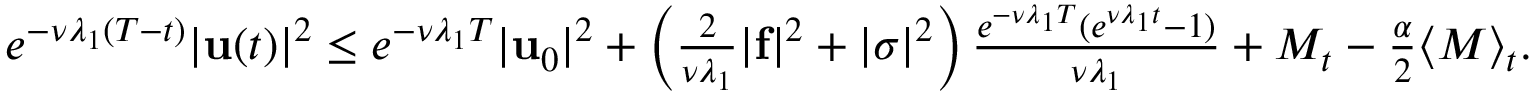
\begin{array} { r } { e ^ { - \nu \lambda _ { 1 } ( T - t ) } | \mathbf { u } ( t ) | ^ { 2 } \leq e ^ { - \nu \lambda _ { 1 } T } | \mathbf { u } _ { 0 } | ^ { 2 } + \left( \frac { 2 } { \nu \lambda _ { 1 } } | \mathbf { f } | ^ { 2 } + | \sigma | ^ { 2 } \right) \frac { e ^ { - \nu \lambda _ { 1 } T } ( e ^ { \nu \lambda _ { 1 } t } - 1 ) } { \nu \lambda _ { 1 } } + M _ { t } - \frac { \alpha } { 2 } \langle M \rangle _ { t } . } \end{array}